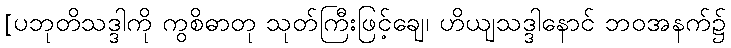
[ပဘုတိသဒ္ဒါကို ကွစိဓာတု သုတ်ကြီးဖြင့်ချေ၊ ဟိယျသဒ္ဒါနောင် ဘဝအနက်၌